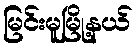
မြင်းမူမြို့နယ်